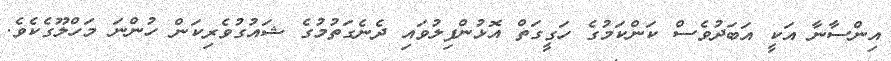
އިންސާނާ އަކީ އަބަދުވެސް ކަންކަމުގެ ހަގީގަތް އޮޅުންފިލުވައި ދެނެގަތުމުގެ ޝައުގުވެރިކަން ހުންނަ މަހްލޫގެކެވެ.